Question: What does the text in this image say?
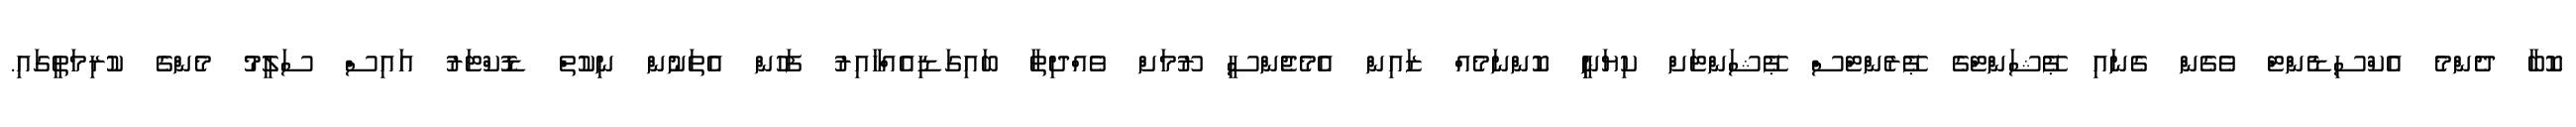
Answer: ކޮބާ ދެންމެ އެކްސިޑެންޓް ވެގެން ގެނައި ޕޭޝަންޓްގެ ޕޭރެންޓްސް ޕޭޝަންޓަށް ކިޔަނީި ކޮންނަމެއް ޒައިން އެމެޖެންސީ ރޫމަށް ވެއްދިތާ ބައިގަޑިއެއްހާއިރު ފަހުން އެތަނުން ނިކުތް ޑޮކްޓަރު އައިސް ސަލީމު މެންގެ ކުރިމަތީގައި.